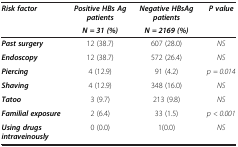
<table><thead><tr><td><b><i>Risk factor</i></b></td><td><b><i>Positive HBs Ag patients</i></b></td><td><b><i>Negative HBsAg patients</i></b></td><td><b><i>P value</i></b></td></tr><tr><td><b> </b></td><td><b><i>N = 31 (%)</i></b></td><td><b><i>N = 2169 (%)</i></b></td><td><b> </b></td></tr></thead><tbody><tr><td><b><i>Past surgery</i></b></td><td>12 (38.7)</td><td>607 (28.0)</td><td><i>NS</i></td></tr><tr><td><b><i>Endoscopy</i></b></td><td>12 (38.7)</td><td>572 (26.4)</td><td><i>NS</i></td></tr><tr><td><b><i>Piercing</i></b></td><td>4 (12.9)</td><td>91 (4.2)</td><td><i>p = 0.014</i></td></tr><tr><td><b><i>Shaving</i></b></td><td>4 (12.9)</td><td>348 (16.0)</td><td><i>NS</i></td></tr><tr><td><b><i>Tatoo</i></b></td><td>3 (9.7)</td><td>213 (9.8)</td><td><i>NS</i></td></tr><tr><td><b><i>Familial exposure</i></b></td><td>2 (6.4)</td><td>33 (1.5)</td><td><i>p &lt; 0.001</i></td></tr><tr><td><b><i>Using drugs intraveinously</i></b></td><td>0 (0.0)</td><td>1(0.0)</td><td><i>NS</i></td></tr></tbody></table>